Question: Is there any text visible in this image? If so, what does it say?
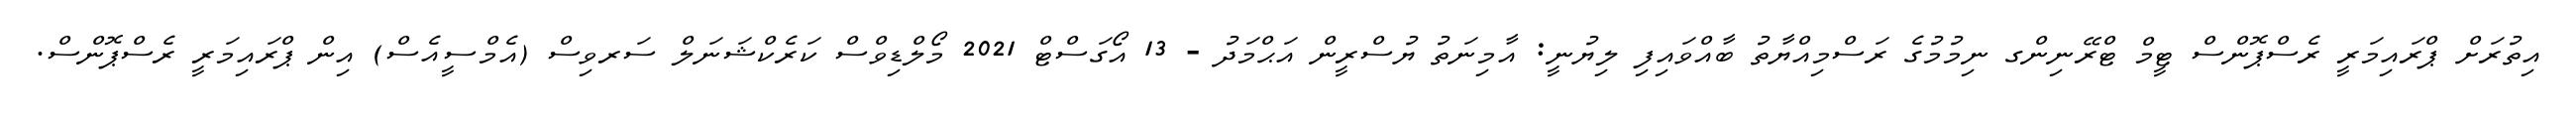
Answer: އިތުރަށް ޕްރައިމަރީ ރެސްޕޮންސް ޓީމް ޓްރޭނިންގ ނިމުމުގެ ރަސްމިއްޔާތު ބާއްވައިފި ލިޔުނީ: އާމިނަތު ޔުސްރީން އަޙްމަދު - 13 އޯގަސްޓް 2021 މޯލްޑިވްސް ކަރެކްޝަނަލް ސަރވިސް (އެމްސީއެސް) އިން ޕްރައިމަރީ ރެސްޕޮންސް.